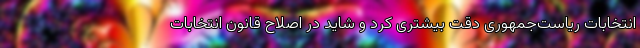
انتخابات ریاست‌جمهوری دقت بیشتری کرد و شاید در اصلاح قانون انتخابات